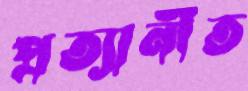
প্রত্যানীত